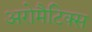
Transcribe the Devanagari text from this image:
अरोमैटिक्स